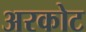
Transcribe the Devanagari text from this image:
अरकोट